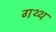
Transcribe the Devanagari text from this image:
गथ्थ